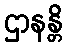
ဌာနန္တိ